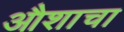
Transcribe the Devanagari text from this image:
औशाचा